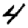
Digit: 4